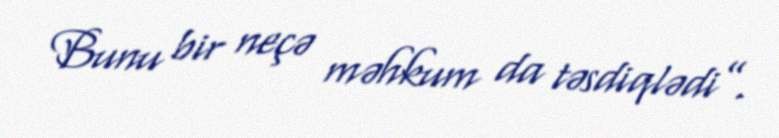
Bunu bir neçə məhkum da təsdiqlədi”.